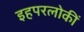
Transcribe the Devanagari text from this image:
इहपरलोकीं